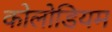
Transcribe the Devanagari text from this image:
कोलोडियम